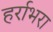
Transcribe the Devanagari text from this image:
हर्राभरा